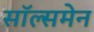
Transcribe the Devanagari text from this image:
सॉल्समेन